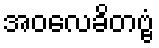
အဝလေခိတဗ္ဗံ